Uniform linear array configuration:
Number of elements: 4
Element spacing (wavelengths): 1
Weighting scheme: exponential
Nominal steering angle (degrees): -15
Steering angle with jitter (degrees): -16.236
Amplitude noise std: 0.05
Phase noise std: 0.05

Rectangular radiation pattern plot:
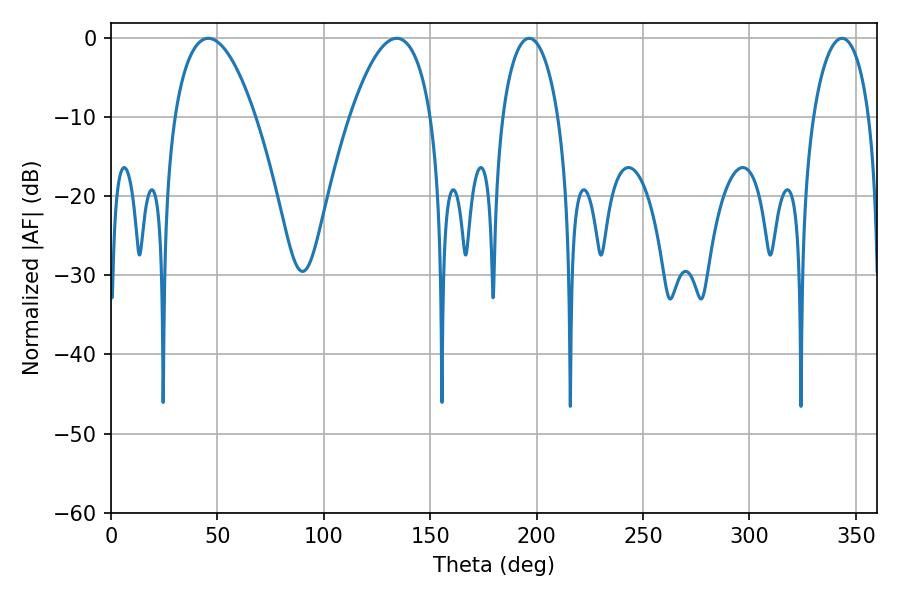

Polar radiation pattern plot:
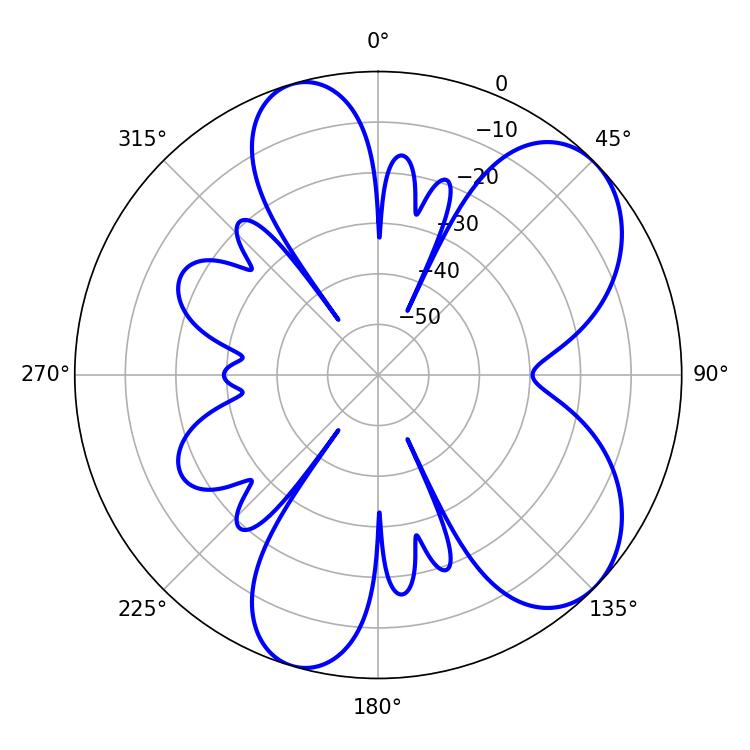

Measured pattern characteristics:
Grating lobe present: TRUE
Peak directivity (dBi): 6.941
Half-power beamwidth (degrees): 21.06
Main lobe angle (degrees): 134.28